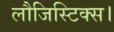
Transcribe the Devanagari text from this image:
लौजिस्टिक्स।